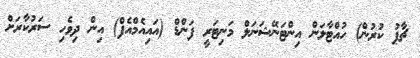
ޗާޕު ކުރުން) ހުއްޓާލަން އިންޓަނޭޝަނަލް މަނިޓަރީ ފަންޑް (އައިއެމްއެފް) އިން ދިވެހި ސަރުކާރަށް